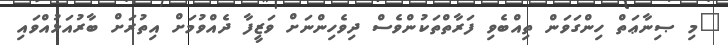
"މި ޞިނާޢަތް ހިންގަވަން ތިއްބެވި ފަރާތްތަކުންވެސް ދިވެހިންނަށް ވަޒީފާ ދެއްވުމަށް އިތުރަށް ބާރުއަޅުއްވައި